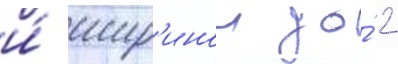
и́ шир'инои до́ 2